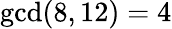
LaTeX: \operatorname*{gcd}(8,12)=4